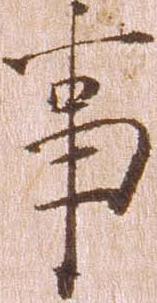
事